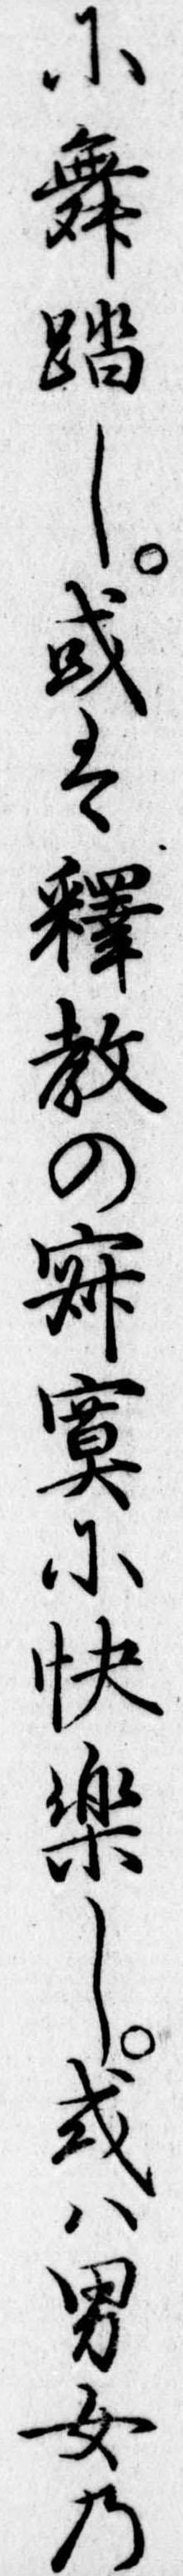
に舞踏し或は釈教の寂寞に快楽し或は男女の